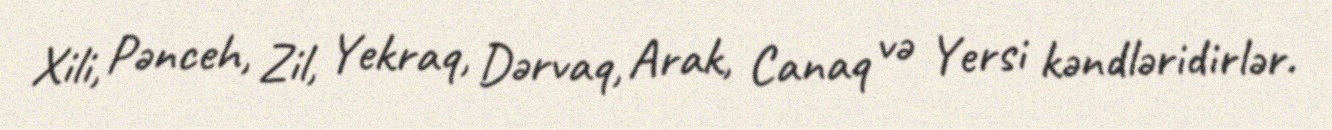
Xili, Pənceh, Zil, Yekraq, Dərvaq, Arak, Canaq və Yersi kəndləridirlər.